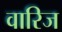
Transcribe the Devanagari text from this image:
वारिज